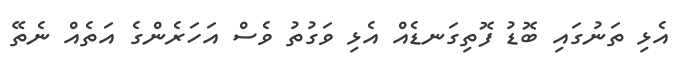
އެޅި ތަނުގައި ބޮޑު ފޮތިގަނޑެއް އެޅި ވަގުތު ވެސް އަހަރެންގެ އަތެއް ނެތޭ